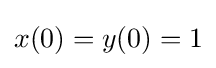
x(0)=y(0)=1